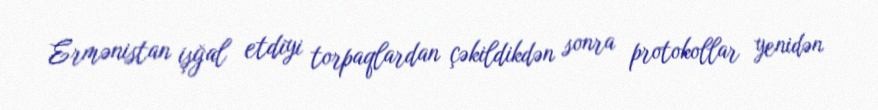
Ermənistan işğal etdiyi torpaqlardan çəkildikdən sonra protokollar yenidən